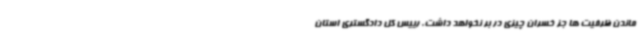
ماندن ظرفیت ها جز خسران چیزی در بر نخواهد داشت. رییس کل دادگستری استان